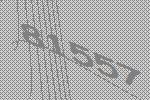
81557